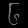
Digit: ၆